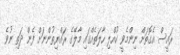
ރައީސް އެގޮތަށް ނިންމެވީ ކުއްލި ހާލަތެއްގައި މާލޭގެ ރައްޔިތުންނަށް ފެން ދަތި ނުވެ